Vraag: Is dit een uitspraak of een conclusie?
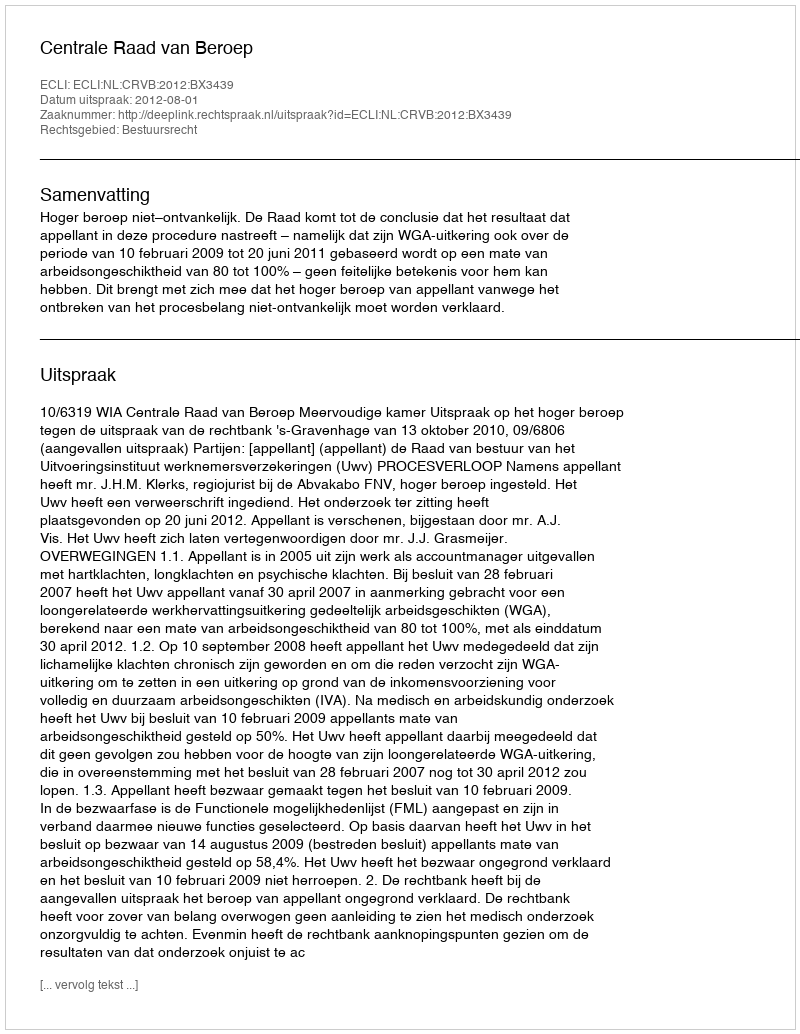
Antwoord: Uitspraak